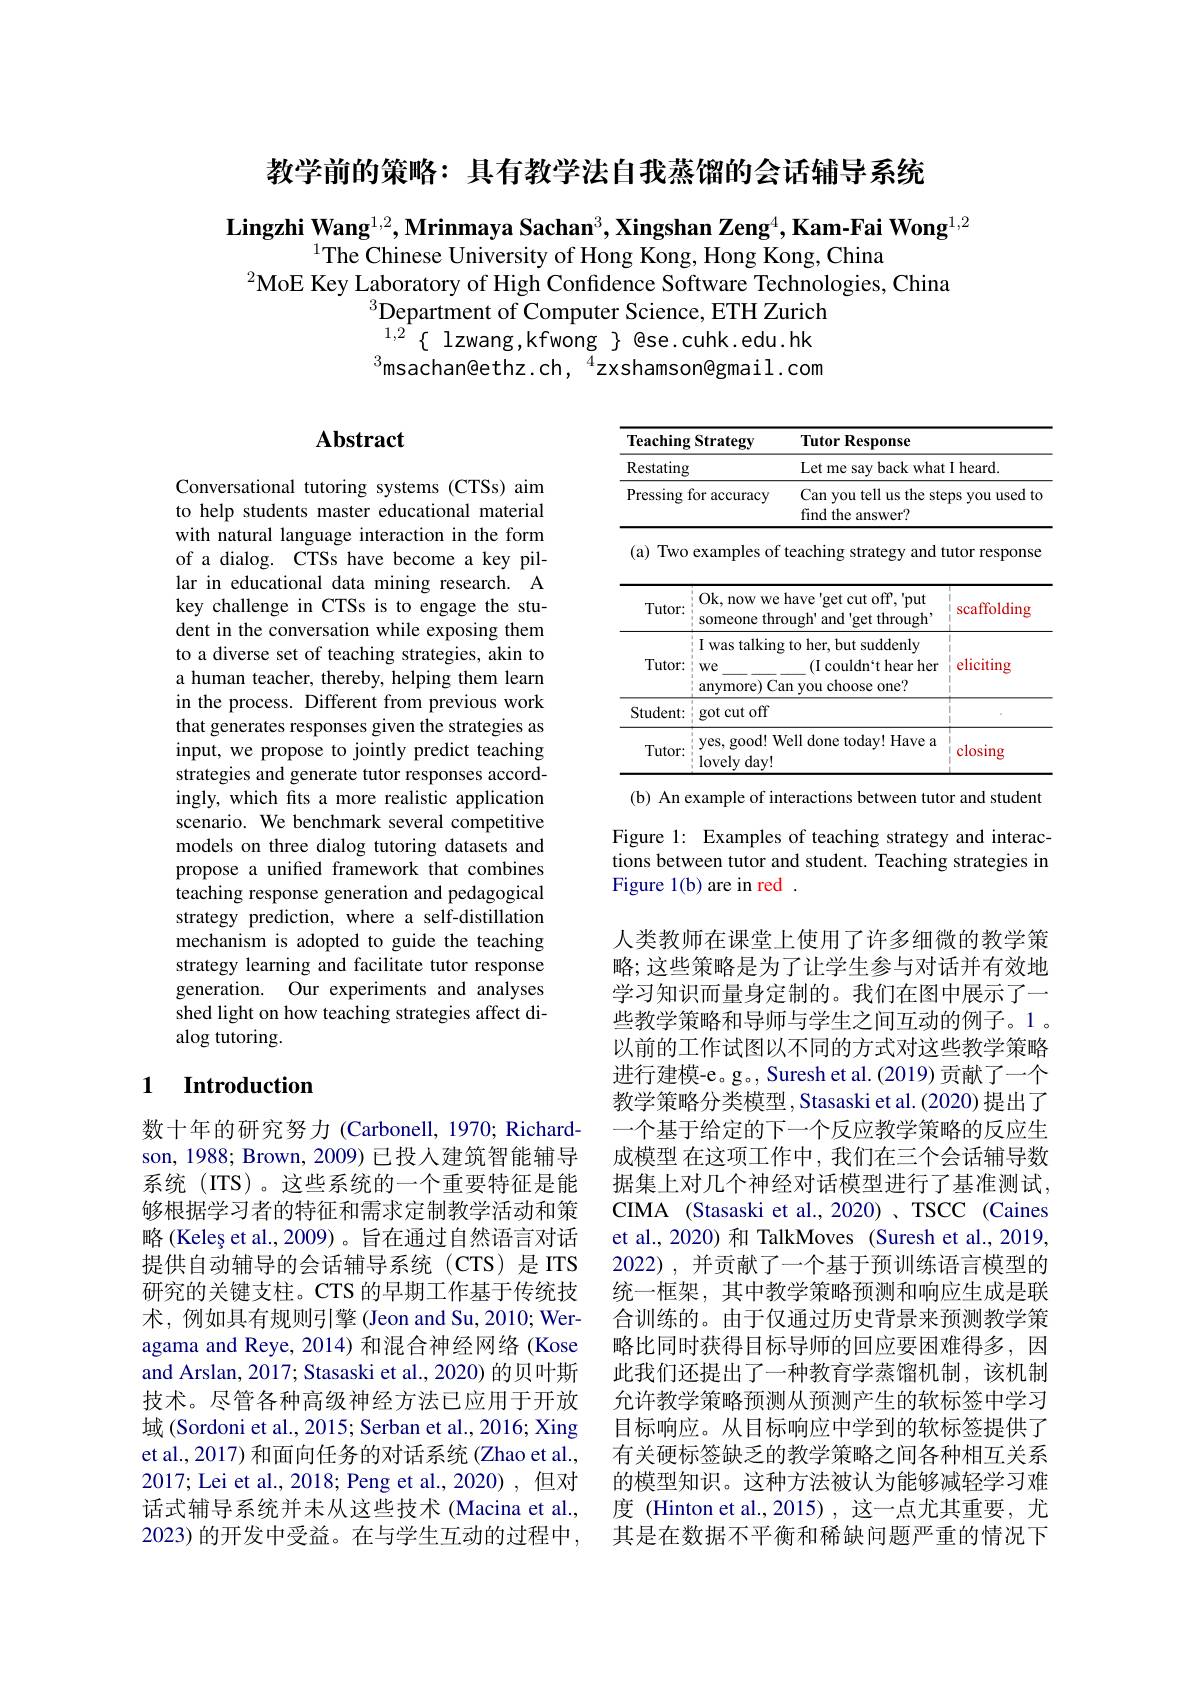
教学前的策略：具有教学法自我蒸馏的会话辅导系统

Lingzhi Wang$^1,2,\textbf{Mrinmaya Sachan}^3,\textbf{Xingshan Zeng}^4,\textbf{Kam-Fai Wong}^{1,2}$
$^{1}$The Chinese University of Hong Kong, Hong Kong, China
$^2$MoE Key Laboratory of High Confidence Software Technologies, China
$^{3}$Department of Computer Science, ETH Zurich $^{1,2}\{$lzwang,kfwong$\}$ese.cuhk.edu.hk $^{3}$msachan@ethz.ch,$^{4}$zxshamson@gmail.com

## Abstract

Conversational tutoring systems (CTSs) aim to help students master educational material with natural language interaction in the form of a dialog. CTSs have become a key pillar in educational data mining research. A key challenge in CTSs is to engage the student in the conversation while exposing them to a diverse set of teaching strategies, akin to a human teacher, thereby, helping them learn in the process. Different from previous work that generates responses given the strategies as input, we propose to jointly predict teaching strategies and generate tutor responses accordingly, which fits a more realistic application scenario. We benchmark several competitive models on three dialog tutoring datasets and propose a unified framework that combines teaching response generation and pedagogical strategy prediction, where a self-distillation mechanism is adopted to guide the teaching strategy learning and facilitate tutor response generation. Our experiments and analyses shed light on how teaching strategies affect dialog tutoring.

## 1 Introduction

数十年的研究努力 (Carbonell, 1970; Richardson, 1988; Brown, 2009) 已投入建筑智能辅导系统 (ITS)。这些系统的一个重要特征是能够根据学习者的特征和需求定制教学活动和策略 (Keleș et al., 2009) 。旨在通过自然语言对话提供自动辅导的会话辅导系统(CTS)是ITS 研究的关键支柱。CTS 的早期工作基于传统技术，例如具有规则引擎(Jeon and Su,2010; Weragama and Reye, 2014) 和混合神经网络 (Kose and Arslan, 2017; Stasaski et al., 2020) 的贝叶斯技术。尽管各种高级神经方法已应用于开放域 (Sordoni et al., 2015; Serban et al., 2016; Xing et al., 2017) 和面向任务的对话系统 (Zhao et al., 2017; Lei et al., 2018; Peng et al., 2020),但对话式辅导系统并未从这些技术 (Macina et al., 2023) 的开发中受益。在与学生互动的过程中，

<table>
	<tbody>
		<tr>
			<th>Teaching</th>
			<th>Strategy Tutor</th>
			<th> </th>
		</tr>
		<tr>
			<td>Restating</td>
			<td>Letm</td>
			<td rowspan="1">Let me say back what I heard.</td>
		</tr>
		<tr>
			<td>Pressing</td>
			<td>or accuracy Can y find t 1</td>
			<td>ps you used 1 $tc$</td>
		</tr>
		<tr>
			<td>(a) Two 1 1 1 1 1</td>
			<td>examples of teachin</td>
			<td>utor response</td>
		</tr>
		<tr>
			<td>Tutor:</td>
			<td>Ok, now we have ge someone through an</td>
			<td>scaffolding</td>
		</tr>
		<tr>
			<td>Tutor:</td>
			<td>11 was talking to her, $We$ $(\mathbf{I}$ $cc$ )Can you $c$ anymore) 1 1</td>
			<td>eliciting</td>
		</tr>
		<tr>
			<td>Student:</td>
			<td>got cut off</td>
			<td>1 1</td>
		</tr>
		<tr>
			<td>Tutor:</td>
			<td>yes, good! Well done $lovelyday!$</td>
			<td>closing</td>
		</tr>
	</tbody>
</table>
(b) An example of interactions between tutor and student

Figure 1: Examples of teaching strategy and interactions between tutor and student. Teaching strategies in Figure 1(b) are in red .

人类教师在课堂上使用了许多细微的教学策略；这些策略是为了让学生参与对话并有效地学习知识而量身定制的。我们在图中展示了一些教学策略和导师与学生之间互动的例子。1。以前的工作试图以不同的方式对这些教学策略进行建模-e。g。, Suresh et al. (2019) 贡献了一个教学策略分类模型，Stasaski et al. (2020) 提出了一个基于给定的下一个反应教学策略的反应生成模型 在这项工作中，我们在三个会话辅导数据集上对几个神经对话模型进行了基准测试， CIMA (Stasaski et al., 2020) 、TSCC (Caines et al., 2020) 和 TalkMoves (Suresh et al., 2019, 2022),并贡献了一个基于预训练语言模型的统一框架，其中教学策略预测和响应生成是联合训练的。由于仅通过历史背景来预测教学策略比同时获得目标导师的回应要困难得多，因此我们还提出了一种教育学蒸馏机制，该机制允许教学策略预测从预测产生的软标签中学习目标响应。从目标响应中学到的软标签提供了有关硬标签缺乏的教学策略之间各种相互关系的模型知识。这种方法被认为能够减轻学习难度 (Hinton et al.,2015),这一点尤其重要，尤其是在数据不平衡和稀缺问题严重的情况下